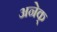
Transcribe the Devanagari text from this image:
अनेक्